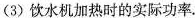
(3)饮水机加热时的实际功率.